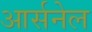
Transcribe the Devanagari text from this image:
आर्सनेल